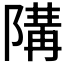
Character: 𱀪